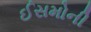
ઈસમોની